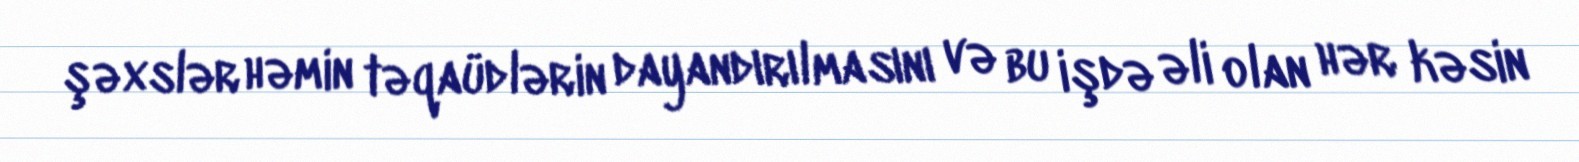
şəxslər həmin təqaüdlərin dayandırılmasını və bu işdə əli olan hər kəsin